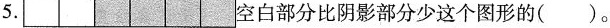
5. 空白部分比阴影部分少这个图形的()。